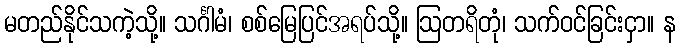
မတည်နိုင်သကဲ့သို့။ သင်္ဂါမံ၊ စစ်မြေပြင်အရပ်သို့။ ဩတရိတုံ၊ သက်ဝင်ခြင်းငှာ။ န